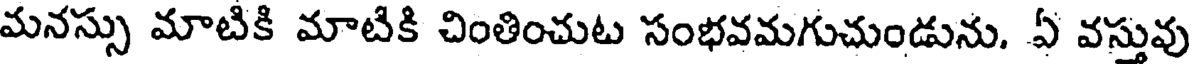
మనస్సు మాటికి మాటికి చింతించుట సంభవమగుచుండును. ఏ వస్తువు